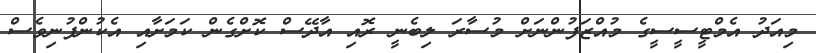
މިއަދު އެމްޓީސީސީގެ މުއްޒަފުންނަށް މުސާރަ ލިބެނީ ރޮއި އާދޭސް ކޮށްގެން ކަމަށާއި އެކުންފުނިވެސް